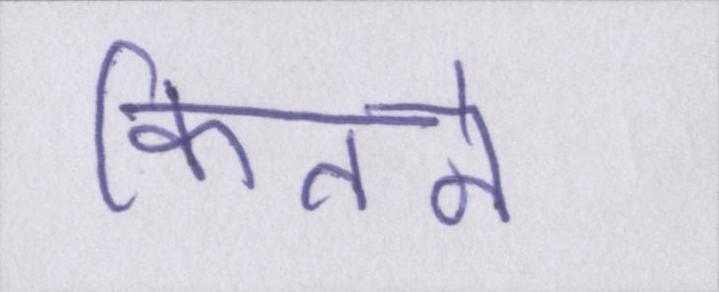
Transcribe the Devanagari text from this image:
कितने